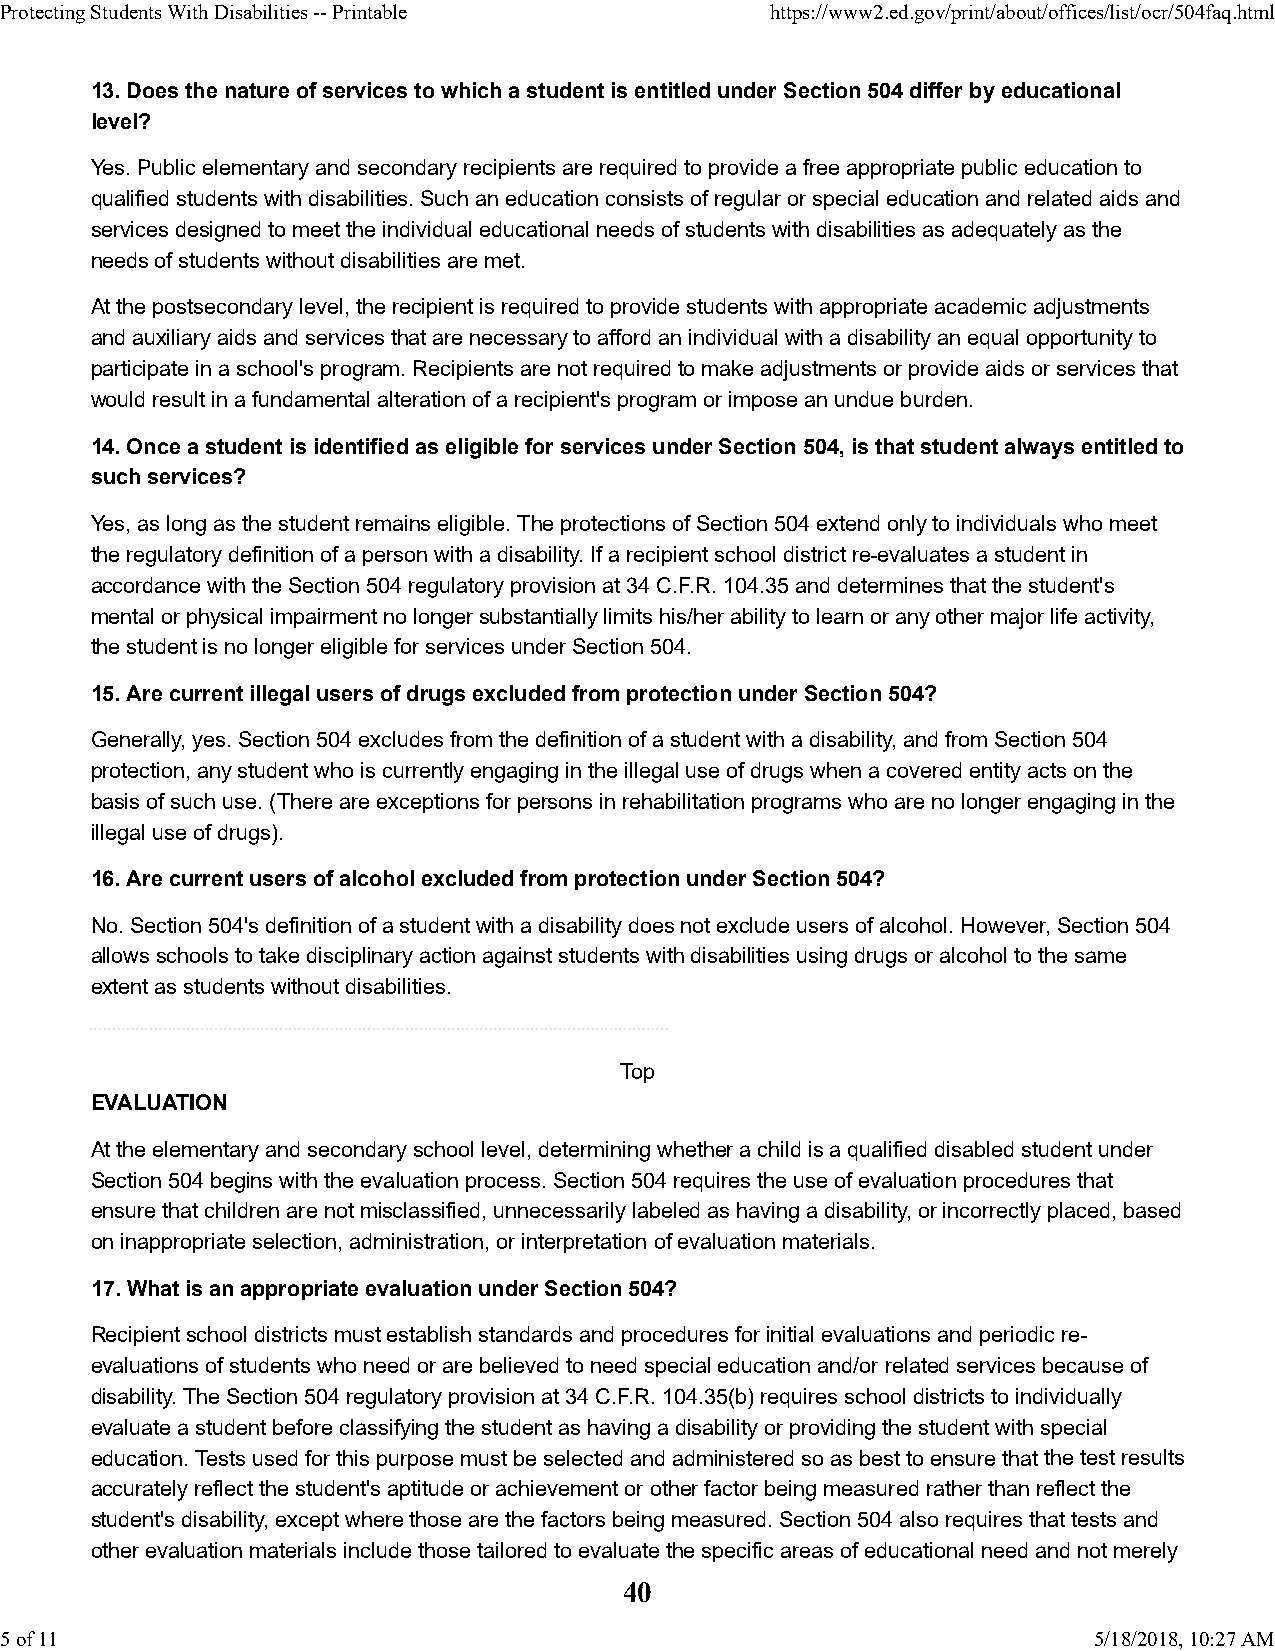
Protecting Students With Disabilities -- Printable https://www2.ed.gov/print/about/offices/list/ocr/504faq.html
 13. Does the nature of services to which a student is entitled under Section 504 differ by educational
 level?
 Yes. Public elementary and secondary recipients are required to provide a free appropriate public education to
 qualified students with disabilities. Such an education consists of regular or special education and related aids and
 services designed to meet the individual educational needs of students with disabilities as adequately as the
 needs of students without disabilities are met.
 At the postsecondary level, the recipient is required to provide students with appropriate academic adjustments
 and auxiliary aids and services that are necessary to afford an individual with a disability an equal opportunity to
 participate in a school's program. Recipients are not required to make adjustments or provide aids or services that
 would result in a fundamental alteration of a recipient's program or impose an undue burden.
 14. Once a student is identified as eligible for services under Section 504, is that student always entitled to
 such services?
 Yes, as long as the student remains eligible. The protections of Section 504 extend only to individuals who meet
 the regulatory definition of a person with a disability. If a recipient school district re-evaluates a student in
 accordance with the Section 504 regulatory provision at 34 C.F.R. 104.35 and determines that the student's
 mental or physical impairment no longer substantially limits his/her ability to learn or any other major life activity,
 the student is no longer eligible for services under Section 504.
 15. Are current illegal users of drugs excluded from protection under Section 504?
 Generally, yes. Section 504 excludes from the definition of a student with a disability, and from Section 504
 protection, any student who is currently engaging in the illegal use of drugs when a covered entity acts on the
 basis of such use. (There are exceptions for persons in rehabilitation programs who are no longer engaging in the
 illegal use of drugs).
 16. Are current users of alcohol excluded from protection under Section 504?
 No. Section 504's definition of a student with a disability does not exclude users of alcohol. However, Section 504
 allows schools to take disciplinary action against students with disabilities using drugs or alcohol to the same
 extent as students without disabilities.
 Top
 EVALUATION
 At the elementary and secondary school level, determining whether a child is a qualified disabled student under
 Section 504 begins with the evaluation process. Section 504 requires the use of evaluation procedures that
 ensure that children are not misclassified, unnecessarily labeled as having a disability, or incorrectly placed, based
 on inappropriate selection, administration, or interpretation of evaluation materials.
 17. What is an appropriate evaluation under Section 504?
 Recipient school districts must establish standards and procedures for initial evaluations and periodic re-
 evaluations of students who need or are believed to need special education and/or related services because of
 disability. The Section 504 regulatory provision at 34 C.F.R. 104.35(b) requires school districts to individually
 evaluate a student before classifying the student as having a disability or providing the student with special
 education. Tests used for this purpose must be selected and administered so as best to ensure that the test results
 accurately reflect the student's aptitude or achievement or other factor being measured rather than reflect the
 student's disability, except where those are the factors being measured. Section 504 also requires that tests and
 other evaluation materials include those tailored to evaluate the specific areas of educational need and not merely
 40
 5 of 11                                                                 5/18/2018, 10:27 AM